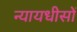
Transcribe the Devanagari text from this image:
न्यायधीसों